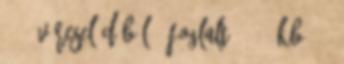
: 13 vércseládából 8 foglalt 61% , kb. 40